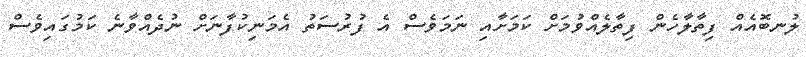
ލުނބޮއެއް ފިތާލާހެން ފިތާލެއްވުމަށް ކަމަށާއި ނަމަވެސް އެ ފުރުސަތު އެމަނިކުފާނަށް ނުދެއްވާނެ ކަމުގައިވެސް